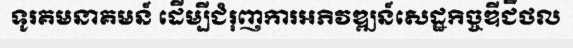
ទូរគមនាគមន៍ ដើម្បីជំរុញការអភិវឌ្ឍន៍សេដ្ឋកិច្ចឌីជីថល